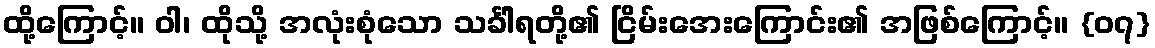
ထို့ကြောင့်။ ဝါ၊ ထိုသို့ အလုံးစုံသော သင်္ခါရတို့၏ ငြိမ်းအေးကြောင်း၏ အဖြစ်ကြောင့်။ {၀၇}